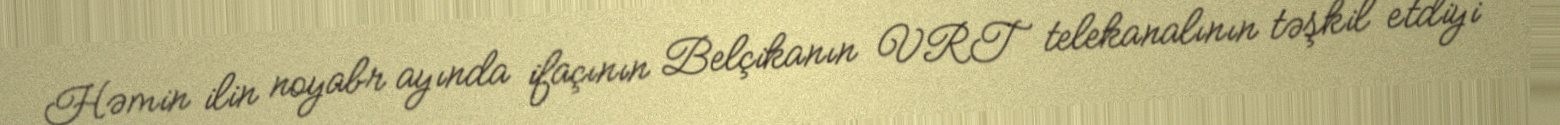
Həmin ilin noyabr ayında ifaçının Belçikanın VRT telekanalının təşkil etdiyi